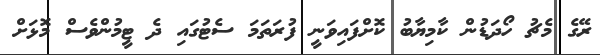
ރޭގެ މެޗު ހޯދަޑުން ކާމިޔާބު ކޮށްފައިވަނީ ފުރަތަމަ ސެޓުގައި ދެ ޓީމުންވެސް މޮޅަށް